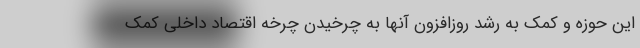
این حوزه و کمک به رشد روزافزون آنها به چرخیدن چرخه اقتصاد داخلی کمک